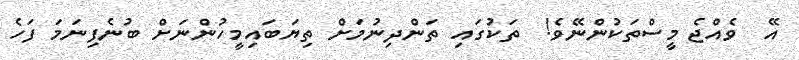
އޭ  ވެއްޖެ މީސްތަކުންނޭވެ!  ތަކުގައި ތަންދިނުމަށް ތިޔަބައިމީހުންނަށް ބުނެފިނަމަ ފަހެ